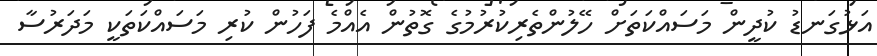
އަޅުގަނޑު ކުދީން މަސައްކަތަށް ހޭލުންތެރިކުރުމުގެ ގޮތުން އެއްމެ ފަހުން ކުރި މަސައްކަތަކީ މަދަރުސާ